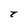
Character: t